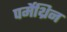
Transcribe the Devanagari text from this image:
पर्मेथ्रिन